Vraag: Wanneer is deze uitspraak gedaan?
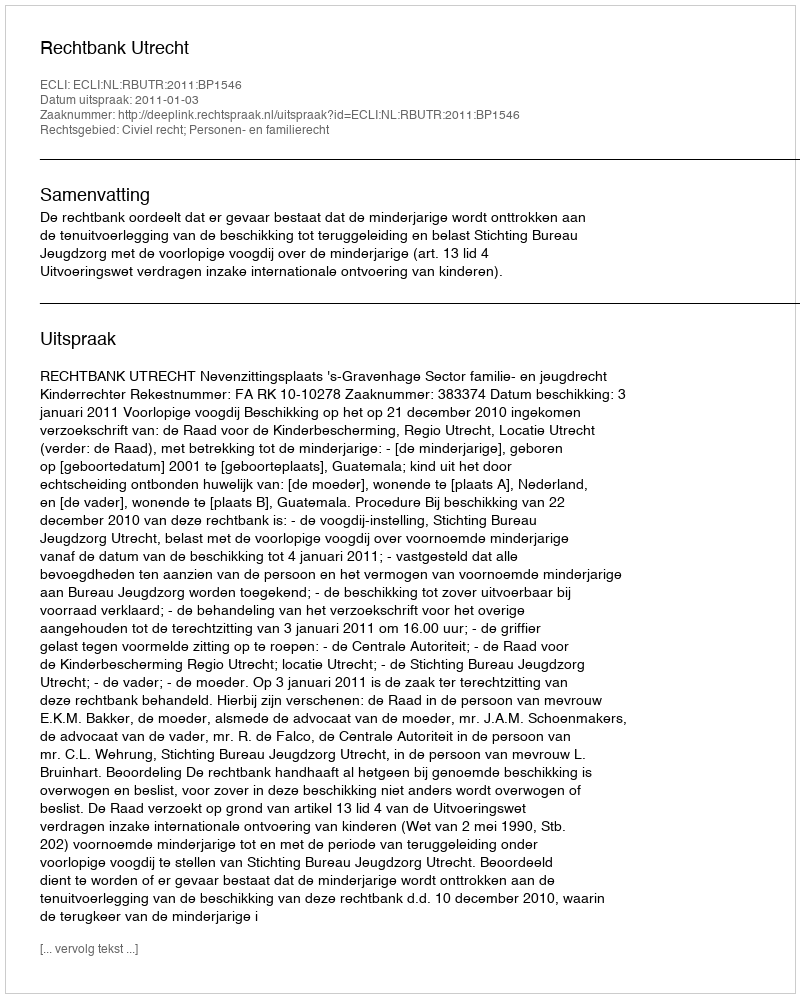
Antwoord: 2011-01-03